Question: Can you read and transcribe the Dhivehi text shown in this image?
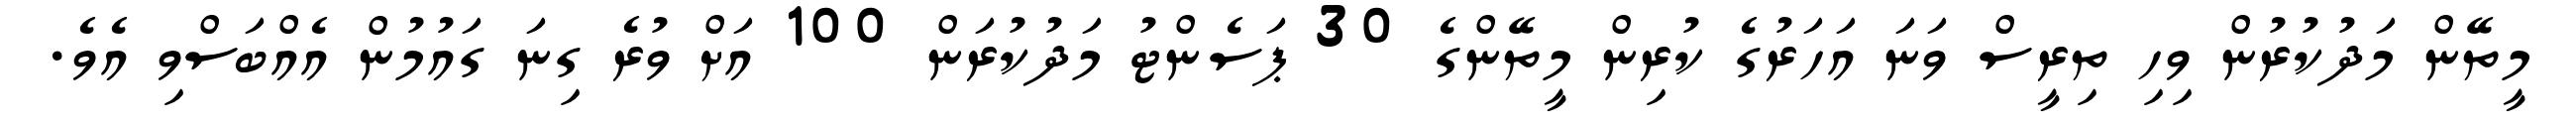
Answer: މީތޭން މަދުކުރުން ވިހި ތިރީސް ވަނަ އަހަރުގެ ކުރިން މީތޭންގެ 30 ޕަސެންޓު މަދުކުރަން 100 އަށް ވުރެ ގިނަ ގައުމުން އެއްބަސްވި އެވެ.